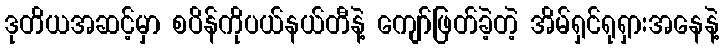
ဒုတိယအဆင့်မှာ စပိန်ကိုပယ်နယ်တီနဲ့ ကျော်ဖြတ်ခဲ့တဲ့ အိမ်ရှင်ရုရှားအနေနဲ့